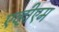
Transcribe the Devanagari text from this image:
एव्हीएम